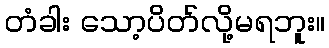
တံခါး သော့ပိတ်လို့မရဘူး။